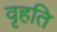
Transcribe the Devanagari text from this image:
वृहति